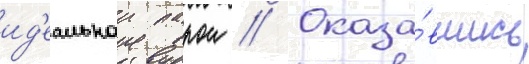
ид'еальнои парои // Оказа́вшись